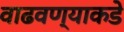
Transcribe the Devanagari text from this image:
वाढवण्याकडे